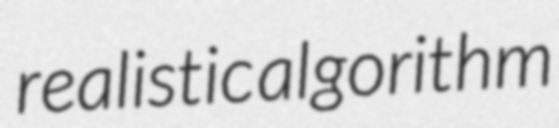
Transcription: realistic algorithm